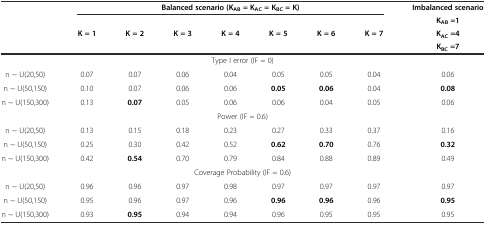
|  | <COLSPAN=7> Balanced scenario(KAB= KAC= KBC= K) | Imbalanced scenario |
 | <ROWSPAN=2>  | <ROWSPAN=2> K = 1 | <ROWSPAN=2> K = 2 | <ROWSPAN=2> K = 3 | <ROWSPAN=2> K = 4 | <ROWSPAN=2> K = 5 | <ROWSPAN=2> K = 6 | <ROWSPAN=2> K = 7 | KAB=1 |
 | KAC=4 |
 |  |  |  |  |  |  |  |  | KBC=7 |
 | --- | --- | --- | --- | --- | --- | --- | --- | --- |
 | <COLSPAN=9> Type I error (IF = 0) |
 | n ~ U(20,50) | 0.07 | 0.07 | 0.06 | 0.04 | 0.05 | 0.05 | 0.04 | 0.06 |
 | n ~ U(50,150) | 0.10 | 0.07 | 0.06 | 0.06 | 0.05 | 0.06 | 0.04 | 0.08 |
 | n ~ U(150,300) | 0.13 | 0.07 | 0.05 | 0.06 | 0.06 | 0.04 | 0.05 | 0.06 |
 | <COLSPAN=9> Power (IF = 0.6) |
 | n ~ U(20,50) | 0.13 | 0.15 | 0.18 | 0.23 | 0.27 | 0.33 | 0.37 | 0.16 |
 | n ~ U(50,150) | 0.25 | 0.30 | 0.42 | 0.52 | 0.62 | 0.70 | 0.76 | 0.32 |
 | n ~ U(150,300) | 0.42 | 0.54 | 0.70 | 0.79 | 0.84 | 0.88 | 0.89 | 0.49 |
 | <COLSPAN=9> Coverage Probability (IF = 0.6) |
 | n ~ U(20,50) | 0.96 | 0.96 | 0.97 | 0.98 | 0.97 | 0.97 | 0.97 | 0.97 |
 | n ~ U(50,150) | 0.95 | 0.96 | 0.97 | 0.96 | 0.96 | 0.96 | 0.96 | 0.95 |
 | n ~ U(150,300) | 0.93 | 0.95 | 0.94 | 0.94 | 0.96 | 0.95 | 0.95 | 0.95 |